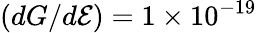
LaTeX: (dG/d\mathcal{E})=1\times10^{-19}